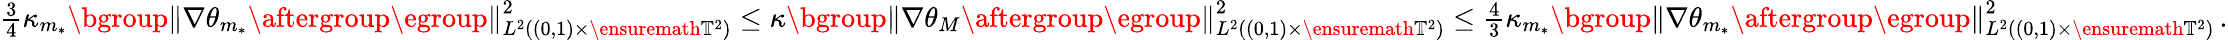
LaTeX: \begin{array}{r}{\frac 34\kappa_{m_{*}}\mathopen{}\mathclose\bgroup\left\| \nabla\theta_{m_{*}}\aftergroup\egroup\right\| _{L^{2}((0,1)\times\ensuremath{\mathbb{T}}^{2})}^{2}\leq\kappa\mathopen{}\mathclose\bgroup\left\| \nabla\theta_{M}\aftergroup\egroup\right\| _{L^{2}((0,1)\times\ensuremath{\mathbb{T}}^{2})}^{2}\leq\frac 43\kappa_{m_{*}}\mathopen{}\mathclose\bgroup\left\| \nabla\theta_{m_{*}}\aftergroup\egroup\right\| _{L^{2}((0,1)\times\ensuremath{\mathbb{T}}^{2})}^{2}\, .}\end{array}